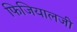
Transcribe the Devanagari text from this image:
फिजियालजी